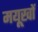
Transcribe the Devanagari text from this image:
मयूखों